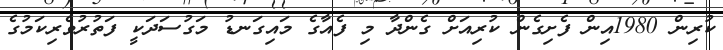
ކުރިން 1980އިން ފެށިގެން ކުރިއަށް ގެންދާ މި ފެއާގެ މައިގަނޑު މަގުސަދަކީ ފަތުރުވެރިކަމުގެ